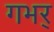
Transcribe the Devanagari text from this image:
गभर्